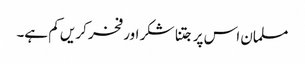
مسلمان اس پر جتنا شکر اور فخر کریں کم ہے۔